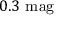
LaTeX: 0 . 3 { \mathrm { ~ m a g } }